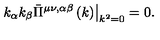
\left. k _ { \alpha } k _ { \beta } \bar { \Pi } ^ { \mu \nu , \alpha \beta } \left( k \right) \right| _ { k ^ { 2 } = 0 } = 0 .